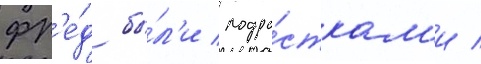
фр'е́д бы́л'и подро́сткам'и /